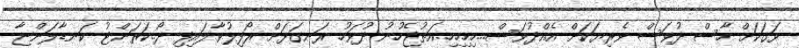
ވަގަކަށް ހާސް ދުވަސް ވެރިޔަކަށް އެއްދުވަސް...ހިހިހިހި..އަތުޖެހުނު ދުވަހު ރަނގަޅަށް ރޯފިލުވާލައިފި ދޯ..ކަރަންޓު ކަނޑާލަންޏާ